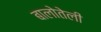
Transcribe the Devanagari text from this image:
बालोतेली